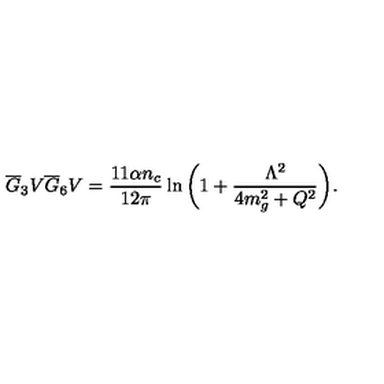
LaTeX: \overline { G } _ { 3 } V \overline { G } _ { 6 } V = { \frac { 1 1 \alpha n _ { c } } { 1 2 \pi } } \ln { \bigg ( 1 + { \frac { \Lambda ^ { 2 } } { 4 m _ { g } ^ { 2 } + Q ^ { 2 } } } \bigg ) } .